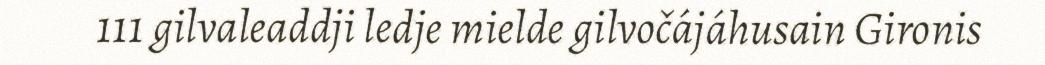
111 gilvaleaddji ledje mielde gilvočájáhusain Gironis